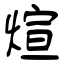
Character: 煊